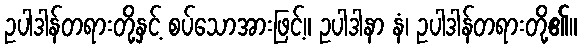
ဥပါဒါန်တရားတို့နှင့် စပ်သောအားဖြင့်။ ဥပါဒါနာ နံ၊ ဥပါဒါန်တရားတို့၏။